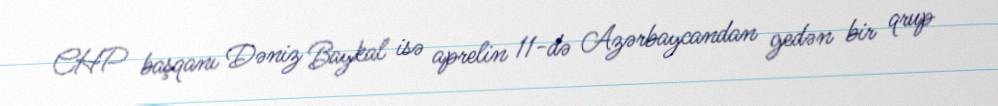
CHP başqanı Dəniz Baykal isə aprelin 11-də Azərbaycandan gedən bir qrup